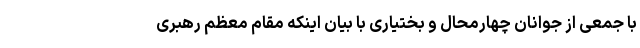
با جمعی از جوانان چهارمحال و بختیاری با بیان اینکه مقام معظم رهبری